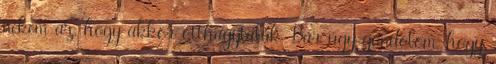
nekem az, hogy akkor otthagytalak. Bár úgy gondolom, hogy